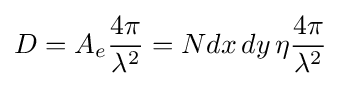
D=A_{e}{4{\pi } \over \lambda ^{2}}=Ndx\,dy\,\eta {4\pi  \over \lambda ^{2}}